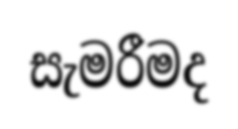
සැමරීමද